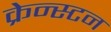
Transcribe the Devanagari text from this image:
क्रेन्स्टन